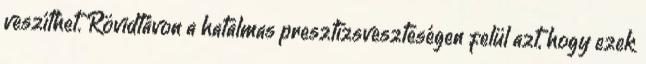
veszíthet. Rövidtávon a hatalmas presztízsveszteségen felül azt, hogy ezek